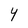
Character: Y